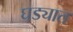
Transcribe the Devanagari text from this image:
घड्यात